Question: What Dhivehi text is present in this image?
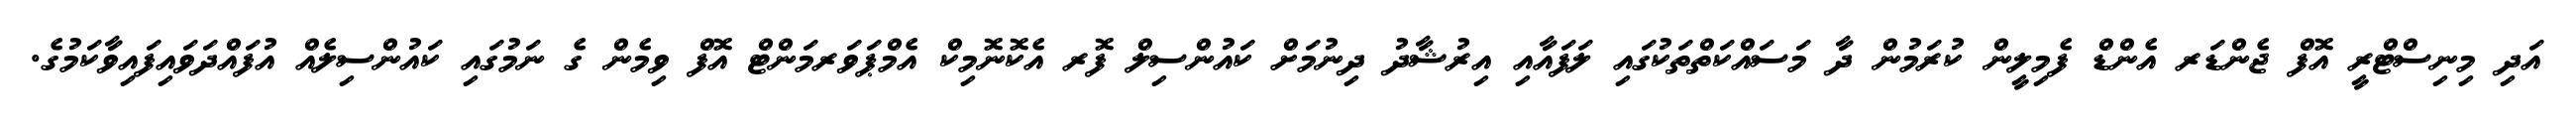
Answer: އަދި މިނިސްޓްރީ އޮފް ޖެންޑަރ އެންޑް ފެމިލީން ކުރަމުން ދާ މަސައްކަތްތަކުގައި ލަފައާއި އިރުޝާދު ދިނުމަށް ކައުންސިލް ފޮރ އެކޮނޮމިކް އެމްޕަވަރމަންޓް އޮފް ވިމެން ގެ ނަމުގައި ކައުންސިލެއް އުފައްދަވައިފައިވާކަމުގެ.